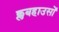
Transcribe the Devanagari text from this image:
क्लबहाउसों